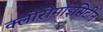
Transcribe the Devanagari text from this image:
क्लोरोमाइसिटीन